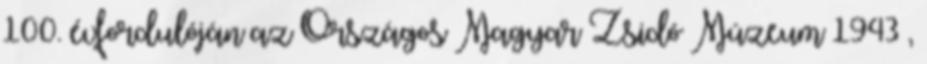
100. évfordulóján az Országos Magyar Zsidó Múzeum 1943 ,